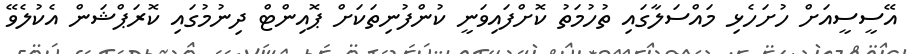
އޭސީސީއަށް ހުށަހެޅި މައްސަލާގައި ތުހުމަތު ކޮށްފައިވަނީ ކުންފުނިތަކަށް ޕޮއިންޓް ދިނުމުގައި ކޮރަޕްޝަން އެކުލެވޭ